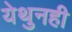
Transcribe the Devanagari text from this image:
येथुनही